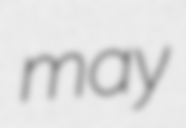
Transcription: may